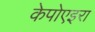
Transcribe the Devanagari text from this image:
केपोएइरा